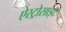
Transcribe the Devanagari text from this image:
ऐस्ट्रोसाइट